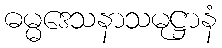
ဓမ္မဒေသနာသမုဋ္ဌာနံ